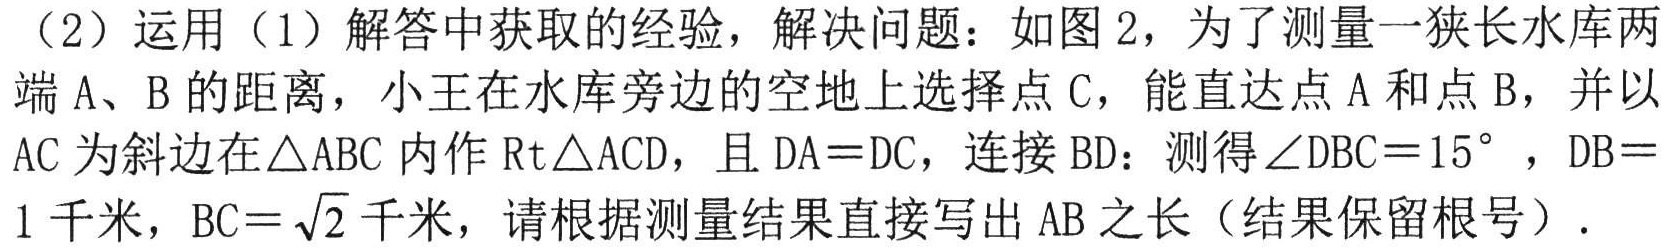
（2）运用（1）解答中获取的经验，解决问题：如图2，为了测量一狭长水库两端A、B的距离，小王在水库旁边的空地上选择点C，能直达点A和点B，并以AC为斜边在\triangle ABC内作Rt\triangle ACD，且DA = DC，连接BD：测得\angle DBC = 15^{\circ}，DB = 1千米，BC = \sqrt{2}千米，请根据测量结果直接写出AB之长（结果保留根号）.